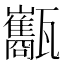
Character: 𤮰